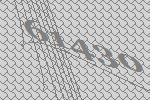
61430